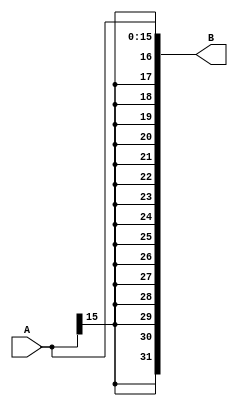
`timescale 1ns / 1ps

module signextend(
    input wire[15:0] A,
    output wire [31:0] B
    );
    
assign B = {{16{A[15]}},A};
endmodule